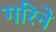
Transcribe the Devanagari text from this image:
गरिने